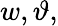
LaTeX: w,\vartheta,